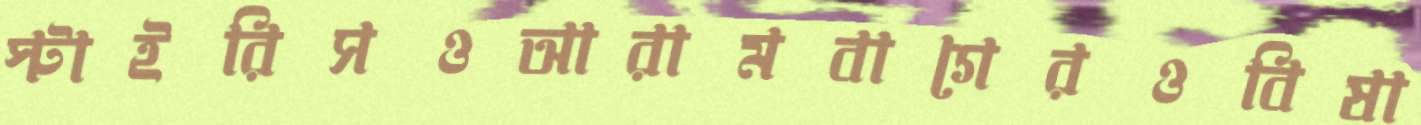
স্টাইরিসওআরামবাগেরওবিষা